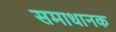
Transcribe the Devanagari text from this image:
समाधानक